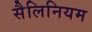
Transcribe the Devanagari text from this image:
सैलिनियम